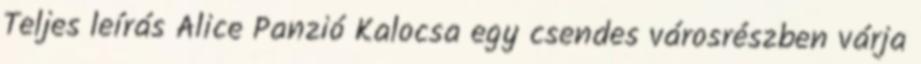
Teljes leírás Alice Panzió Kalocsa egy csendes városrészben várja